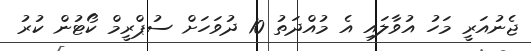
ޖެނުއަރީ މަހު އުވާލައި އެ މުއްދަތު 10 ދުވަހަށް ސުޕްރީމް ކޯޓުން ކުރު